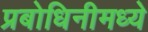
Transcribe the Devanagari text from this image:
प्रबोधिनीमध्ये